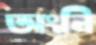
অংনি